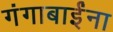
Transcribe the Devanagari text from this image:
गंगाबाईंना